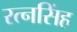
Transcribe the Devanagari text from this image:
रत्‍नसिंह